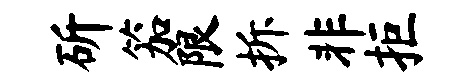
斫笳限拆非拒